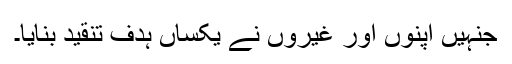
جنہیں اپنوں اور غیروں نے یکساں ہدفِ تنقید بنایا۔